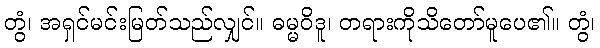
တွံ၊ အရှင်မင်းမြတ်သည်လျှင်။ ဓမ္မဝိဒူ၊ တရားကိုသိတော်မူပေ၏။ တွံ၊